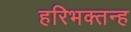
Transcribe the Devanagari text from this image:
हरिभक्तन्ह